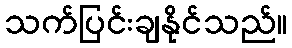
သက်ပြင်းချနိုင်သည်။